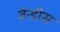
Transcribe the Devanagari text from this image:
वेन्डीस